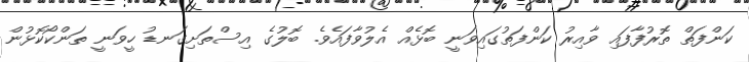
ކަންފަތް ތޮރުފާފައި ވާއިރު ކަންފަތުގައިވަނީ ބޮޅެއް އެލުވާފައެވެ. ބޮލުގެ އިސްތަށިގަނޑު ހީވަނީ ތަންކޯކޮޅުން